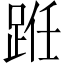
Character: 𫏊